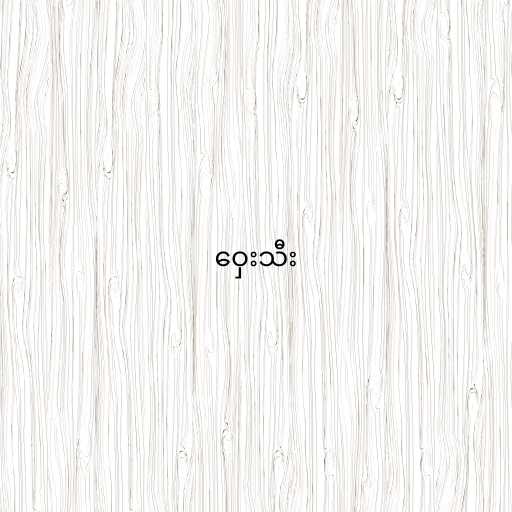
ဝှေးသီး